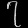
Digit: ၇